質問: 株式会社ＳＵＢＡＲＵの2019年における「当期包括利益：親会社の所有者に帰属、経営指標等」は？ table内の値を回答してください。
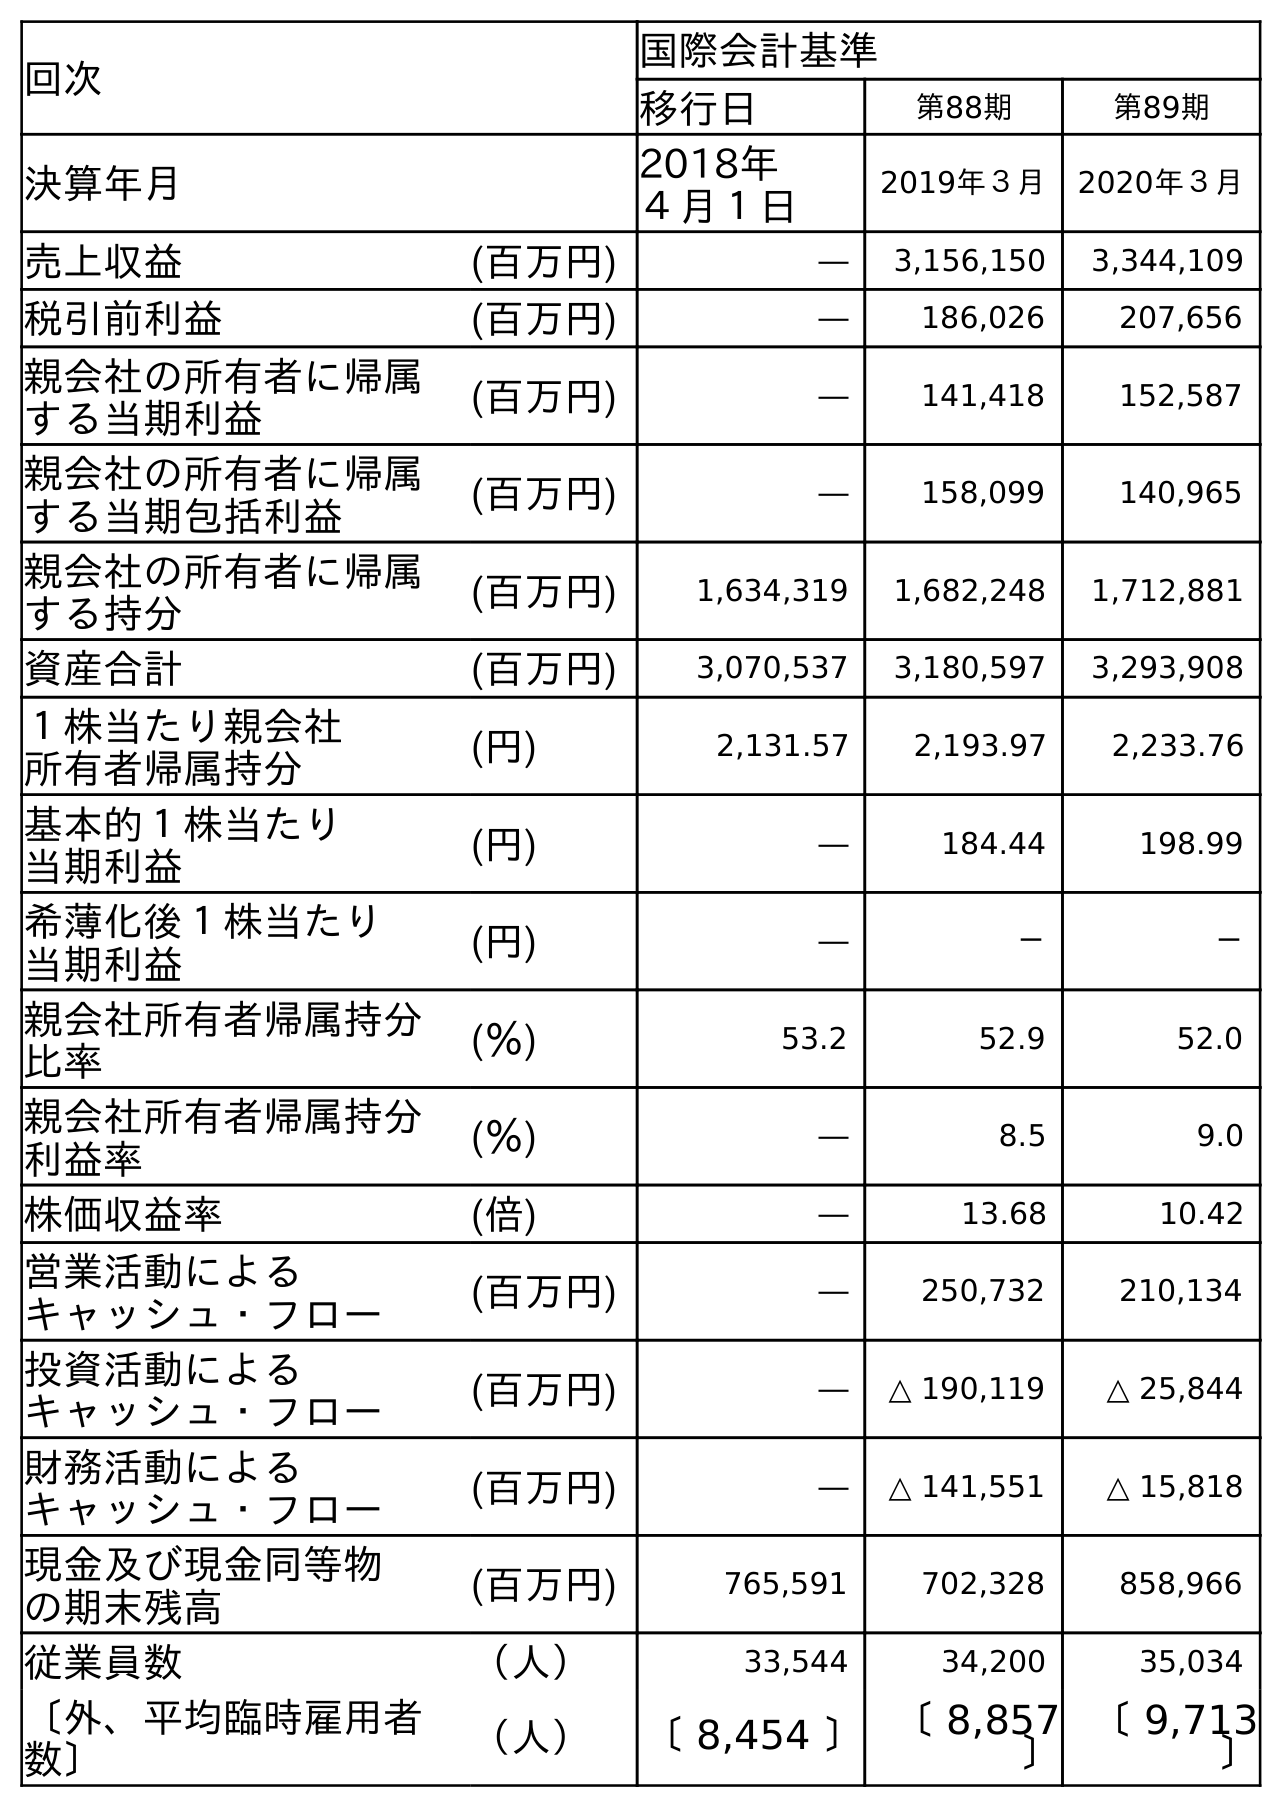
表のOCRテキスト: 回次 国際会計基準 移行日 第88期 第89期 決算年月 2018年 ４月１日 2019年３月 2020年３月 売上収益 (百万円) ― 3,156,150 3,344,109 税引前利益 (百万円) ― 186,026 207,656 親会社の所有者に帰属 する当期利益 (百万円) ― 141,418 152,587 親会社の所有者に帰属 する当期包括利益 (百万円) ― 158,099 140,965 親会社の所有者に帰属 する持分 (百万円) 1,634,319 1,682,248 1,712,881 資産合計 (百万円) 3,070,537 3,180,597 3,293,908 １株当たり親会社 所有者帰属持分 (円) 2,131.57 2,193.97 2,233.76 基本的１株当たり 当期利益 (円) ― 184.44 198.99 希薄化後１株当たり 当期利益 (円) ― － － 親会社所有者帰属持分 比率 (％) 53.2 52.9 52.0 親会社所有者帰属持分 利益率 (％) ― 8.5 9.0 株価収益率 (倍) ― 13.68 10.42 営業活動による キャッシュ・フロー (百万円) ― 250,732 210,134 投資活動による キャッシュ・フロー (百万円) ― △ 190,119 △ 25,844 財務活動による キャッシュ・フロー (百万円) ― △ 141,551 △ 15,818 現金及び現金同等物 の期末残高 (百万円) 765,591 702,328 858,966 従業員数 （人） 33,544 34,200 35,034 〔外、平均臨時雇用者 数〕 （人） 〔 8,454 〕〔 8,857 〕 〔 9,713 〕
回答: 158,099